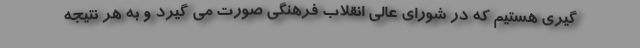
گیری هستیم که در شورای عالی انقلاب فرهنگی صورت می گیرد و به هر نتیجه